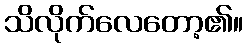
သိလိုက်လေတော့၏။